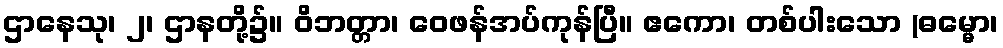
ဌာနေသု၊ ၂၊ ဌာနတို့၌။ ဝိဘတ္တာ၊ ဝေဖန်အပ်ကုန်ပြီ။ ဧကော၊ တစ်ပါးသော (ဓမ္မော၊